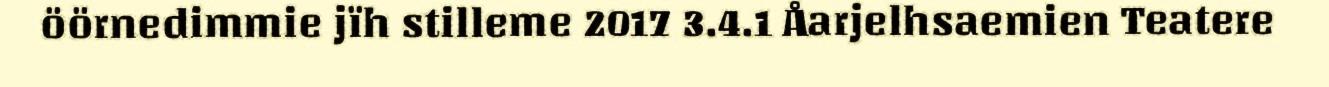
öörnedimmie jïh stilleme 2017 3.4.1 Åarjelhsaemien Teatere